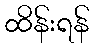
ထိန်းရန်